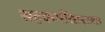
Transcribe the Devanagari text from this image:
सहकर्मीसारख्या